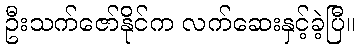
ဦးသက်ဇော်နိုင်က လက်ဆေးနှင့်ခဲ့ပြီ။